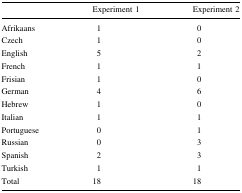
<table><thead><tr><td></td><td><b>Experiment 1</b></td><td><b>Experiment 2</b></td></tr></thead><tbody><tr><td>Afrikaans</td><td>1</td><td>0</td></tr><tr><td>Czech</td><td>1</td><td>0</td></tr><tr><td>English</td><td>5</td><td>2</td></tr><tr><td>French</td><td>1</td><td>1</td></tr><tr><td>Frisian</td><td>1</td><td>0</td></tr><tr><td>German</td><td>4</td><td>6</td></tr><tr><td>Hebrew</td><td>1</td><td>0</td></tr><tr><td>Italian</td><td>1</td><td>1</td></tr><tr><td>Portuguese</td><td>0</td><td>1</td></tr><tr><td>Russian</td><td>0</td><td>3</td></tr><tr><td>Spanish</td><td>2</td><td>3</td></tr><tr><td>Turkish</td><td>1</td><td>1</td></tr><tr><td>Total</td><td>18</td><td>18</td></tr></tbody></table>